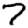
Digit: 7